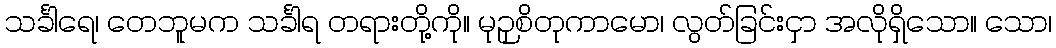
သင်္ခါရေ၊ တေဘူမက သင်္ခါရ တရားတို့ကို။ မုဉှစိတုကာမော၊ လွတ်ခြင်းငှာ အလိုရှိသော။ သော၊